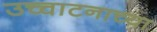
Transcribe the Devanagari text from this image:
उच्चाटनाच्या